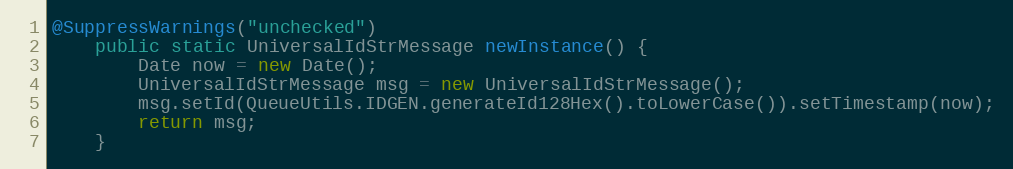
Language: Java
@SuppressWarnings("unchecked")
    public static UniversalIdStrMessage newInstance() {
        Date now = new Date();
        UniversalIdStrMessage msg = new UniversalIdStrMessage();
        msg.setId(QueueUtils.IDGEN.generateId128Hex().toLowerCase()).setTimestamp(now);
        return msg;
    }